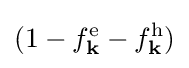
(1-f_{\mathbf {k} }^{\mathrm {e} }-f_{\mathbf {k} }^{\mathrm {h} })